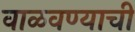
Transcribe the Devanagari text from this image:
वाळवण्याची